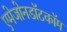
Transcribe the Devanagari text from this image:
एमेजोनडॉटकॉम